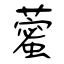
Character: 藌